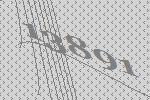
13891